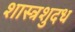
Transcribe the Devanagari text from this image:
शास्त्रशुदध